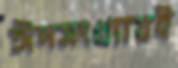
ঈদসংখ্যায়ই